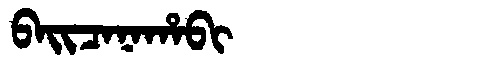
Manchu: ᠪᠠᡳᠴᠠᠨᠠᡥᠠᠪᡳ
Romanization: BAICANAHABI